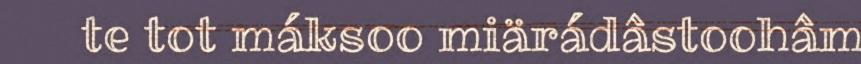
te tot máksoo miärádâstoohâm